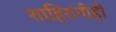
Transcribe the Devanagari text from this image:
शाहिरांनीही